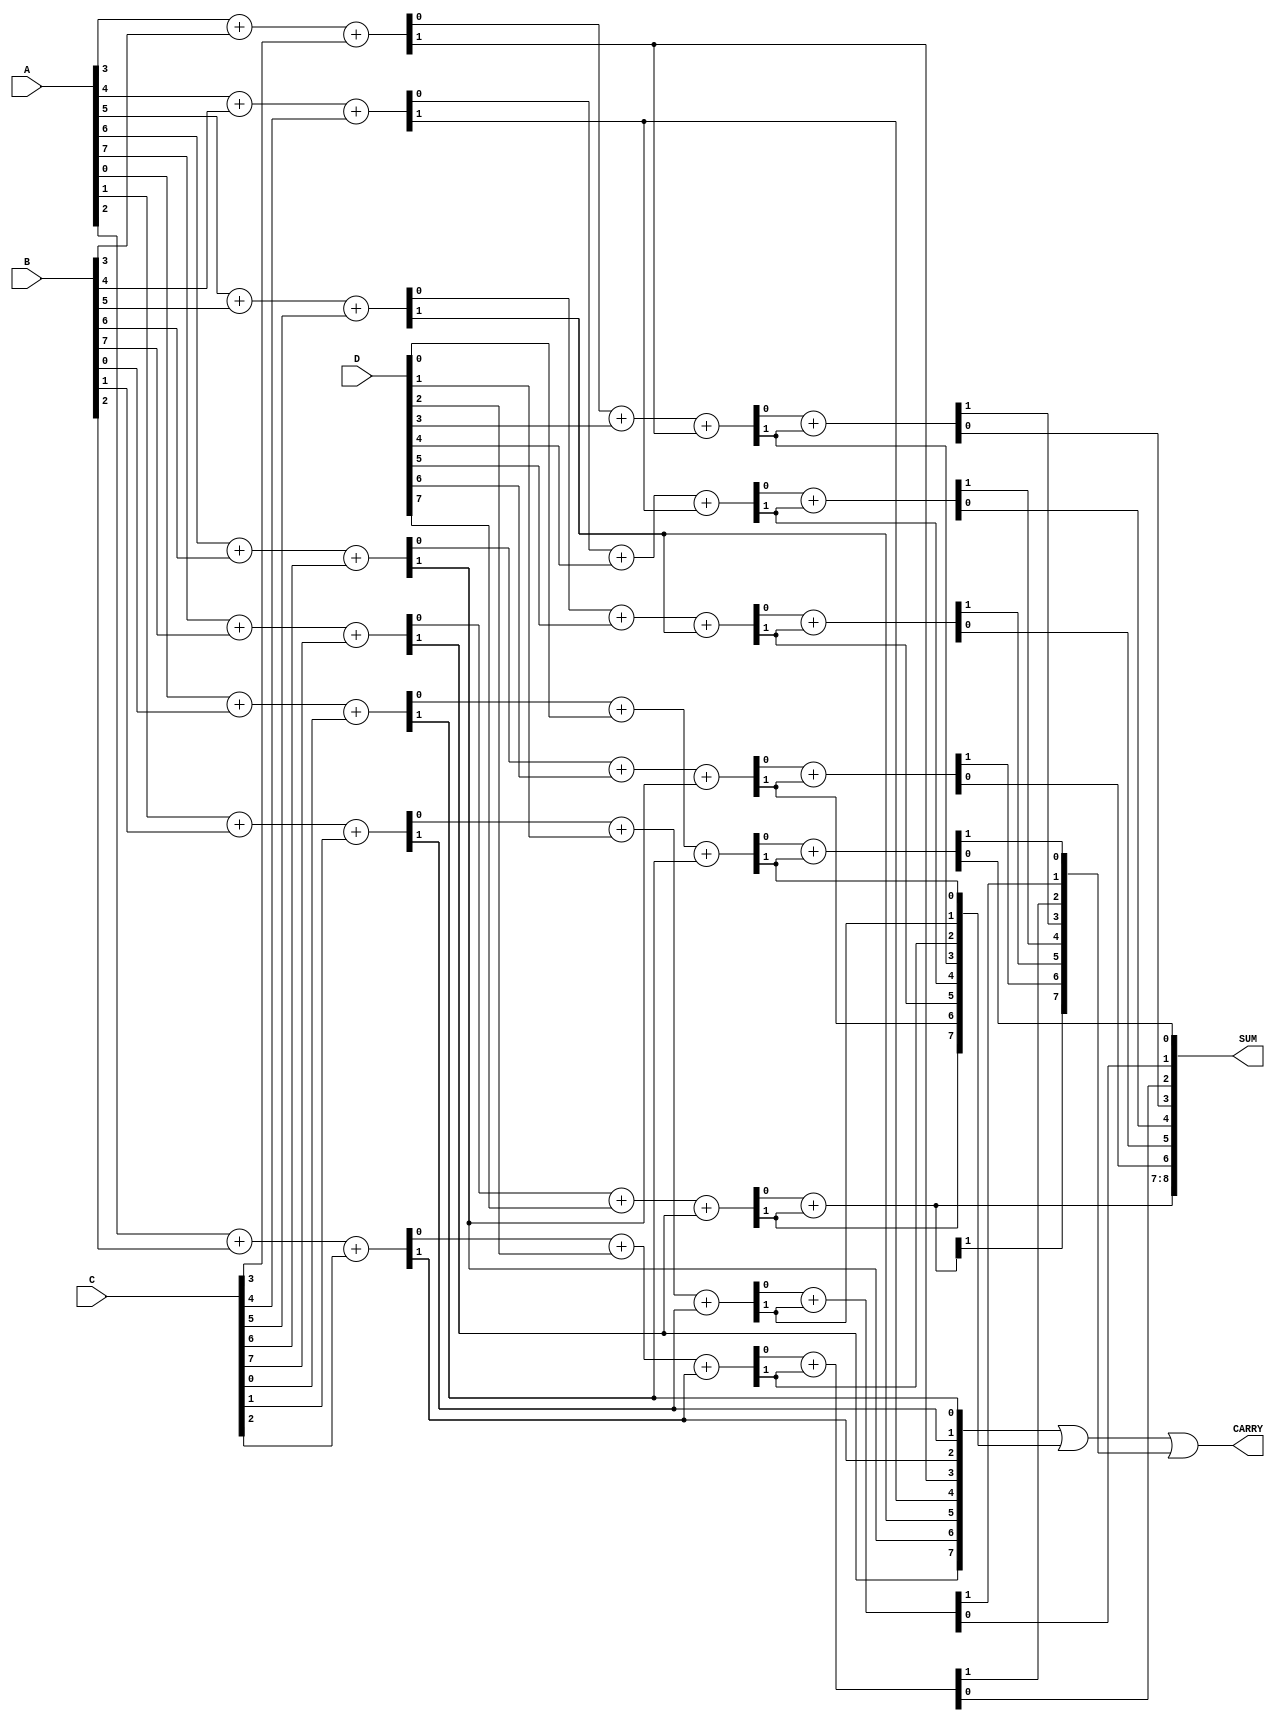
module CarrySaveAdder #(parameter WIDTH = 8, parameter NUM_INPUTS = 4) (
    input [WIDTH-1:0] A,
    input [WIDTH-1:0] B,
    input [WIDTH-1:0] C,
    input [WIDTH-1:0] D,
    output reg [WIDTH:0] SUM,    // Output sum (one extra bit for carry)
    output reg [WIDTH-1:0] CARRY  // Output carry
);

// Define intermediate sums and carries
wire [WIDTH-1:0] sum0, sum1, sum2;
wire [WIDTH-1:0] carry0, carry1, carry2;

// Full Adder for A, B, C
genvar i;
generate
    for (i = 0; i < WIDTH; i = i + 1) begin : FA
        assign {carry0[i], sum0[i]} = A[i] + B[i] + C[i];
    end
endgenerate

// Full Adder for Sum outputs and D
generate
    for (i = 0; i < WIDTH; i = i + 1) begin : FA_D
        assign {carry1[i], sum1[i]} = sum0[i] + D[i] + carry0[i];
    end
endgenerate

// Combine the carry bits and the final sums for a reduction tree
generate
    for (i = 0; i < WIDTH; i = i + 1) begin : FA_REDUCTION
        assign {carry2[i], SUM[i]} = sum1[i] + carry1[i];
    end
endgenerate

// Final carry computation
assign CARRY = carry0 | carry1 | carry2;

// Final output for Sum (with carry bit in MSB)
always @(*) begin
    SUM = {carry2[WIDTH-1], SUM[WIDTH-1:0]};
end

endmodule